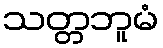
သတ္တဘူမံ